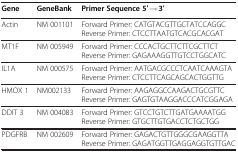
<table><thead><tr><td><b>Gene</b></td><td><b>GeneBank</b></td><td><b>Primer Sequence 5′ → 3′</b></td></tr></thead><tbody><tr><td>Actin</td><td>NM 001101</td><td>Forward Primer: CATGTACGTTGCTATCCAGGCReverse Primer: CTCCTTAATGTCACGCACGAT</td></tr><tr><td>MT1F</td><td>NM 005949</td><td>Forward Primer: CCCACTGCTTCTTCGCTTCTReverse Primer: GAGAAAGGTTGTCCTGGCATC</td></tr><tr><td>IL1A</td><td>NM 000575</td><td>Forward Primer: AATGACGCCCTCAATCAAAGTAReverse Primer: CTCCTTCAGCAGCACTGGTTG</td></tr><tr><td>HMOX 1</td><td>NM002133</td><td>Forward Primer: AAGAGGCCAAGACTGCGTTCReverse Primer: GAGTGTAAGGACCCATCGGAGA</td></tr><tr><td>DDIT 3</td><td>NM 004083</td><td>Forward Primer: GTCCTGTCTTGATGAAAATGGReverse Primer: GTGCTTGTGACCTCTGCTGG</td></tr><tr><td>PDGFRB</td><td>NM 002609</td><td>Forward Primer: GAGACTGTTGGGCGAAGGTTAReverse Primer: GAGATGGTTGAGGAGGTGTTGAC</td></tr></tbody></table>